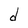
Character: d